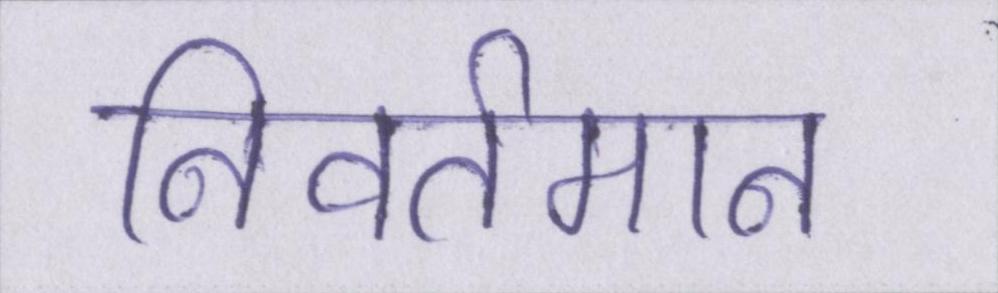
निवर्तमान